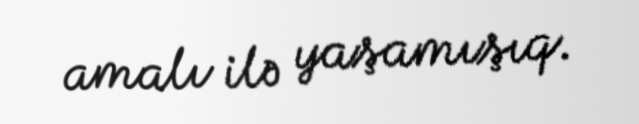
amalı ilə yaşamışıq.